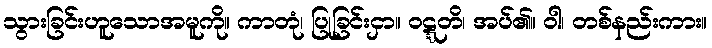
သွားခြင်းဟူသောအမူကို။ ကာတုံ၊ ပြုခြင်းငှာ။ ဝဋ္ဋတိ၊ အပ်၏။ ဝါ၊ တစ်နည်းကား။